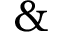
\&